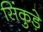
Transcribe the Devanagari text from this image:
सिंकुड़े